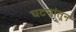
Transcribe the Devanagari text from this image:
घटनांतून